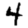
Digit: 4